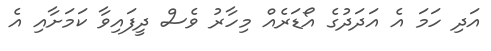
އަދި ހަމަ އެ އަދަދުގެ އޯޑަރެއް މިހާރު ވެސް ދީފައިވާ ކަމަށާއި އެ